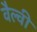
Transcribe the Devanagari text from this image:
वैल्वी